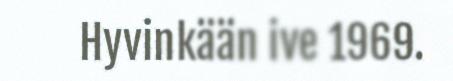
Hyvinkään ive 1969.